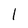
Character: l